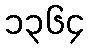
၁၃၆၄